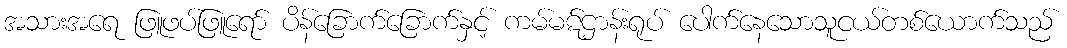
အသားအရေ ဖြူဖပ်ဖြူရော် ပိန်ခြောက်ခြောက်နှင့် ကမ်မဋ်ဌာန်းရုပ် ပေါက်နေသောသူငယ်တစ်ယောက်သည်